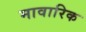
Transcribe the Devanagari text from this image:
मावारिक